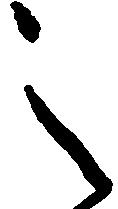
之